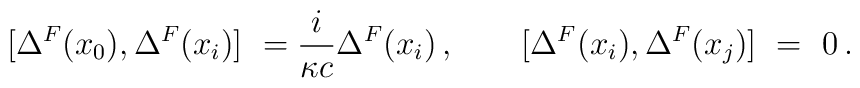
[\Delta^F( x_0 ) , \Delta^F( x_i ) ] \ = \-\frac{i}{\kappa c} \Delta^F( x_i )\, ,\qquad  [ \Delta^F( x_i ) ,\Delta^F( x_j ) ] \ = \ 0\, .